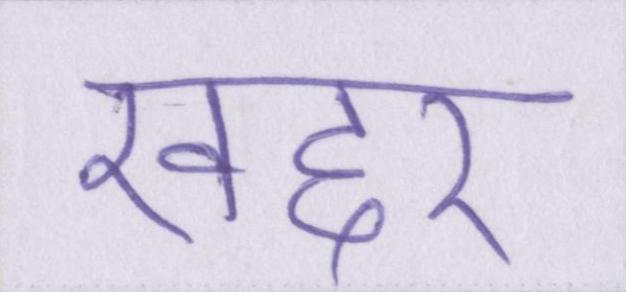
खद्दर